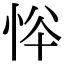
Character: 𢙋